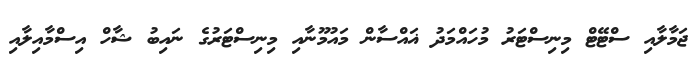
ޖަމާލާއި ސްޓޭޓް މިނިސްޓަރު މުހައްމަދު ޣައްސާން މައުމޫނާއި މިނިސްޓަރުގެ ނައިބު ޝާހް އިސްމާއިލާއި